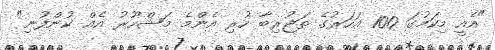
"އެއީ މިކަމުގަ 100 އަހަރުގެ ތަޖުރިބާ ހުރި އެންމެ މަޝްހޫރު އެއް ކުންފުނި"